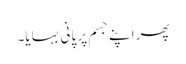
پھر اپنے جسم پر پانی بہایا۔